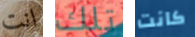
انت تلك كانت